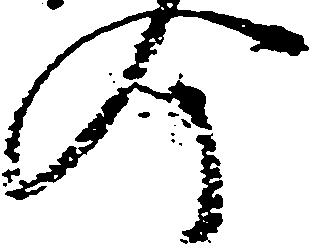
今